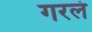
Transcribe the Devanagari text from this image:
गरलं